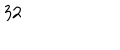
LaTeX: 3 2